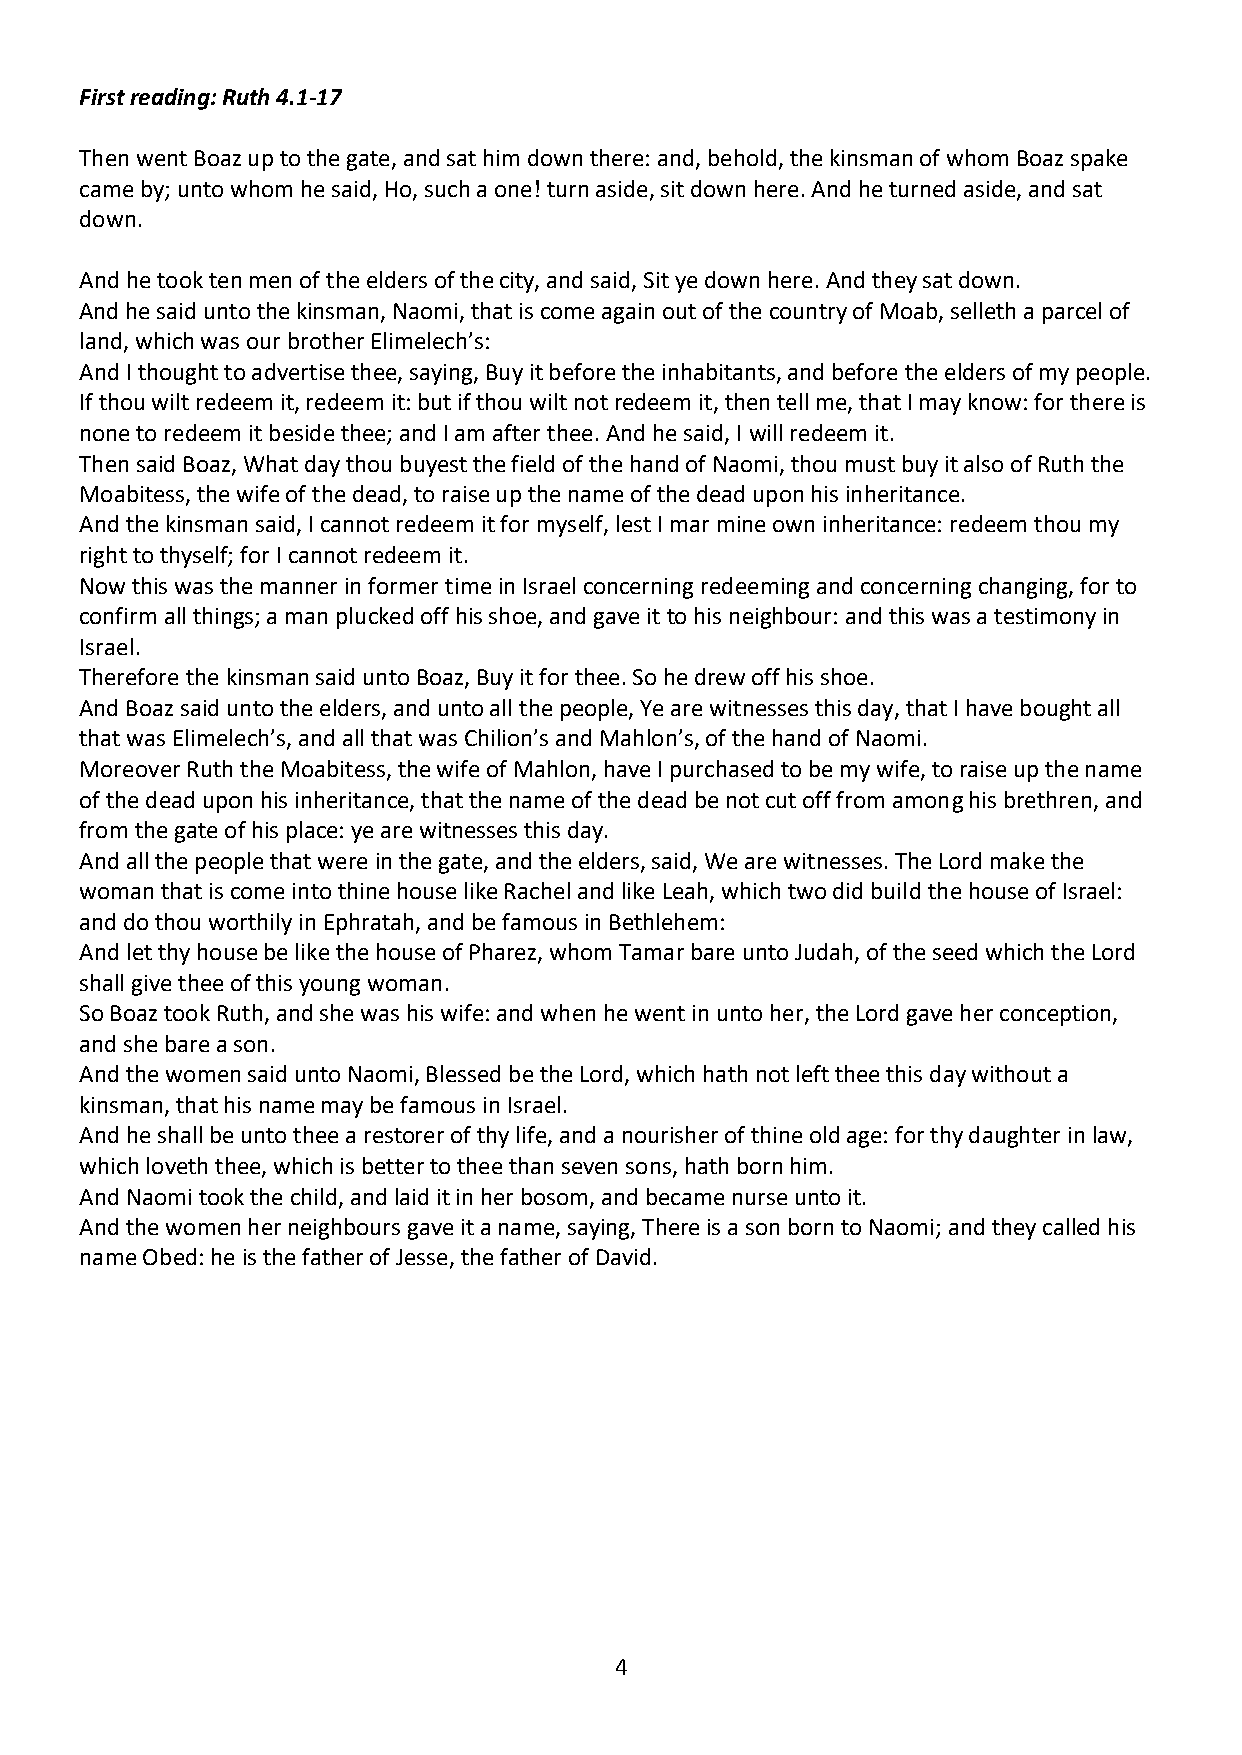
First reading: Ruth 4.1-17
 Then went Boaz up to the gate, and sat him down there: and, behold, the kinsman of whom Boaz spake
 came by; unto whom he said, Ho, such a one! turn aside, sit down here. And he turned aside, and sat
 down.
 And he took ten men of the elders of the city, and said, Sit ye down here. And they sat down.
 And he said unto the kinsman, Naomi, that is come again out of the country of Moab, selleth a parcel of
 land, which was our brother Elimelech’s:
 And I thought to advertise thee, saying, Buy it before the inhabitants, and before the elders of my people.
 If thou wilt redeem it, redeem it: but if thou wilt not redeem it, then tell me, that I may know: for there is
 none to redeem it beside thee; and I am after thee. And he said, I will redeem it.
 Then said Boaz, What day thou buyest the field of the hand of Naomi, thou must buy it also of Ruth the
 Moabitess, the wife of the dead, to raise up the name of the dead upon his inheritance.
 And the kinsman said, I cannot redeem it for myself, lest I mar mine own inheritance: redeem thou my
 right to thyself; for I cannot redeem it.
 Now this was the manner in former time in Israel concerning redeeming and concerning changing, for to
 confirm all things; a man plucked off his shoe, and gave it to his neighbour: and this was a testimony in
 Israel.
 Therefore the kinsman said unto Boaz, Buy it for thee. So he drew off his shoe.
 And Boaz said unto the elders, and unto all the people, Ye are witnesses this day, that I have bought all
 that was Elimelech’s, and all that was Chilion’s and Mahlon’s, of the hand of Naomi.
 Moreover Ruth the Moabitess, the wife of Mahlon, have I purchased to be my wife, to raise up the name
 of the dead upon his inheritance, that the name of the dead be not cut off from among his brethren, and
 from the gate of his place: ye are witnesses this day.
 And all the people that were in the gate, and the elders, said, We are witnesses. The Lord make the
 woman that is come into thine house like Rachel and like Leah, which two did build the house of Israel:
 and do thou worthily in Ephratah, and be famous in Bethlehem:
 And let thy house be like the house of Pharez, whom Tamar bare unto Judah, of the seed which the Lord
 shall give thee of this young woman.
 So Boaz took Ruth, and she was his wife: and when he went in unto her, the Lord gave her conception,
 and she bare a son.
 And the women said unto Naomi, Blessed be the Lord, which hath not left thee this day without a
 kinsman, that his name may be famous in Israel.
 And he shall be unto thee a restorer of thy life, and a nourisher of thine old age: for thy daughter in law,
 which loveth thee, which is better to thee than seven sons, hath born him.
 And Naomi took the child, and laid it in her bosom, and became nurse unto it.
 And the women her neighbours gave it a name, saying, There is a son born to Naomi; and they called his
 name Obed: he is the father of Jesse, the father of David.
 4